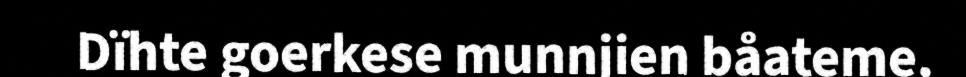
Dïhte goerkese munnjien båateme.